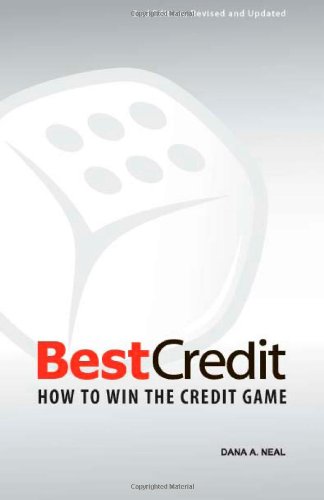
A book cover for BestCredit: How to Win the Credit Game, 2nd Edition; Dana Neal; Business & Money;